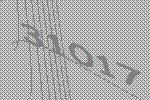
31017